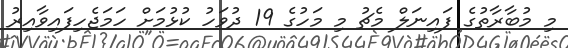
މި މުބާރާތުގެ ފައިނަލް މެޗު މި މަހުގެ 19 ދުވަހު ކުޅުމަށް ހަމަޖެހިފައިވާއިރު